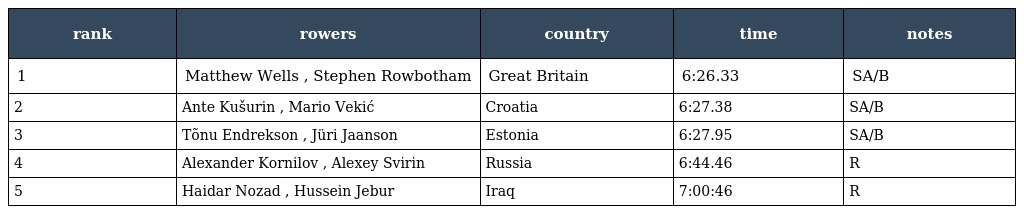
| rank | rowers | country | time | notes |
 | --- | --- | --- | --- | --- |
 | 1 | Matthew Wells , Stephen Rowbotham | Great Britain | 6:26.33 | SA/B |
 | 2 | Ante Kušurin , Mario Vekić | Croatia | 6:27.38 | SA/B |
 | 3 | Tõnu Endrekson , Jüri Jaanson | Estonia | 6:27.95 | SA/B |
 | 4 | Alexander Kornilov , Alexey Svirin | Russia | 6:44.46 | R |
 | 5 | Haidar Nozad , Hussein Jebur | Iraq | 7:00:46 | R |